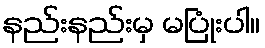
နည်းနည်းမှ မပြုံးပါ။